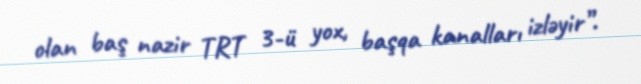
olan baş nazir TRT 3-ü yox, başqa kanalları izləyir”.